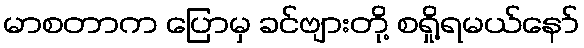
မာစတာက ပြောမှ ခင်ဗျားတို့ စရှို့ရမယ်နော်